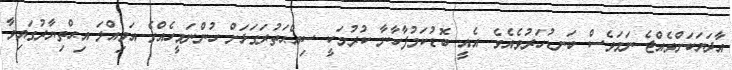
އާދަޔަކަށްވެއްޖެ ނަމަވެސް ބަނޑުހަރުވެއެވެ. އެއީ ބޮޑުކަމުފާހާނާ ކުރުމަކީ ސިއްޙަތުރަގަޅަށް ހުންނަމީހެއްގެ އަމިއްލަ އިޙްތިޔާރުގައިވާ